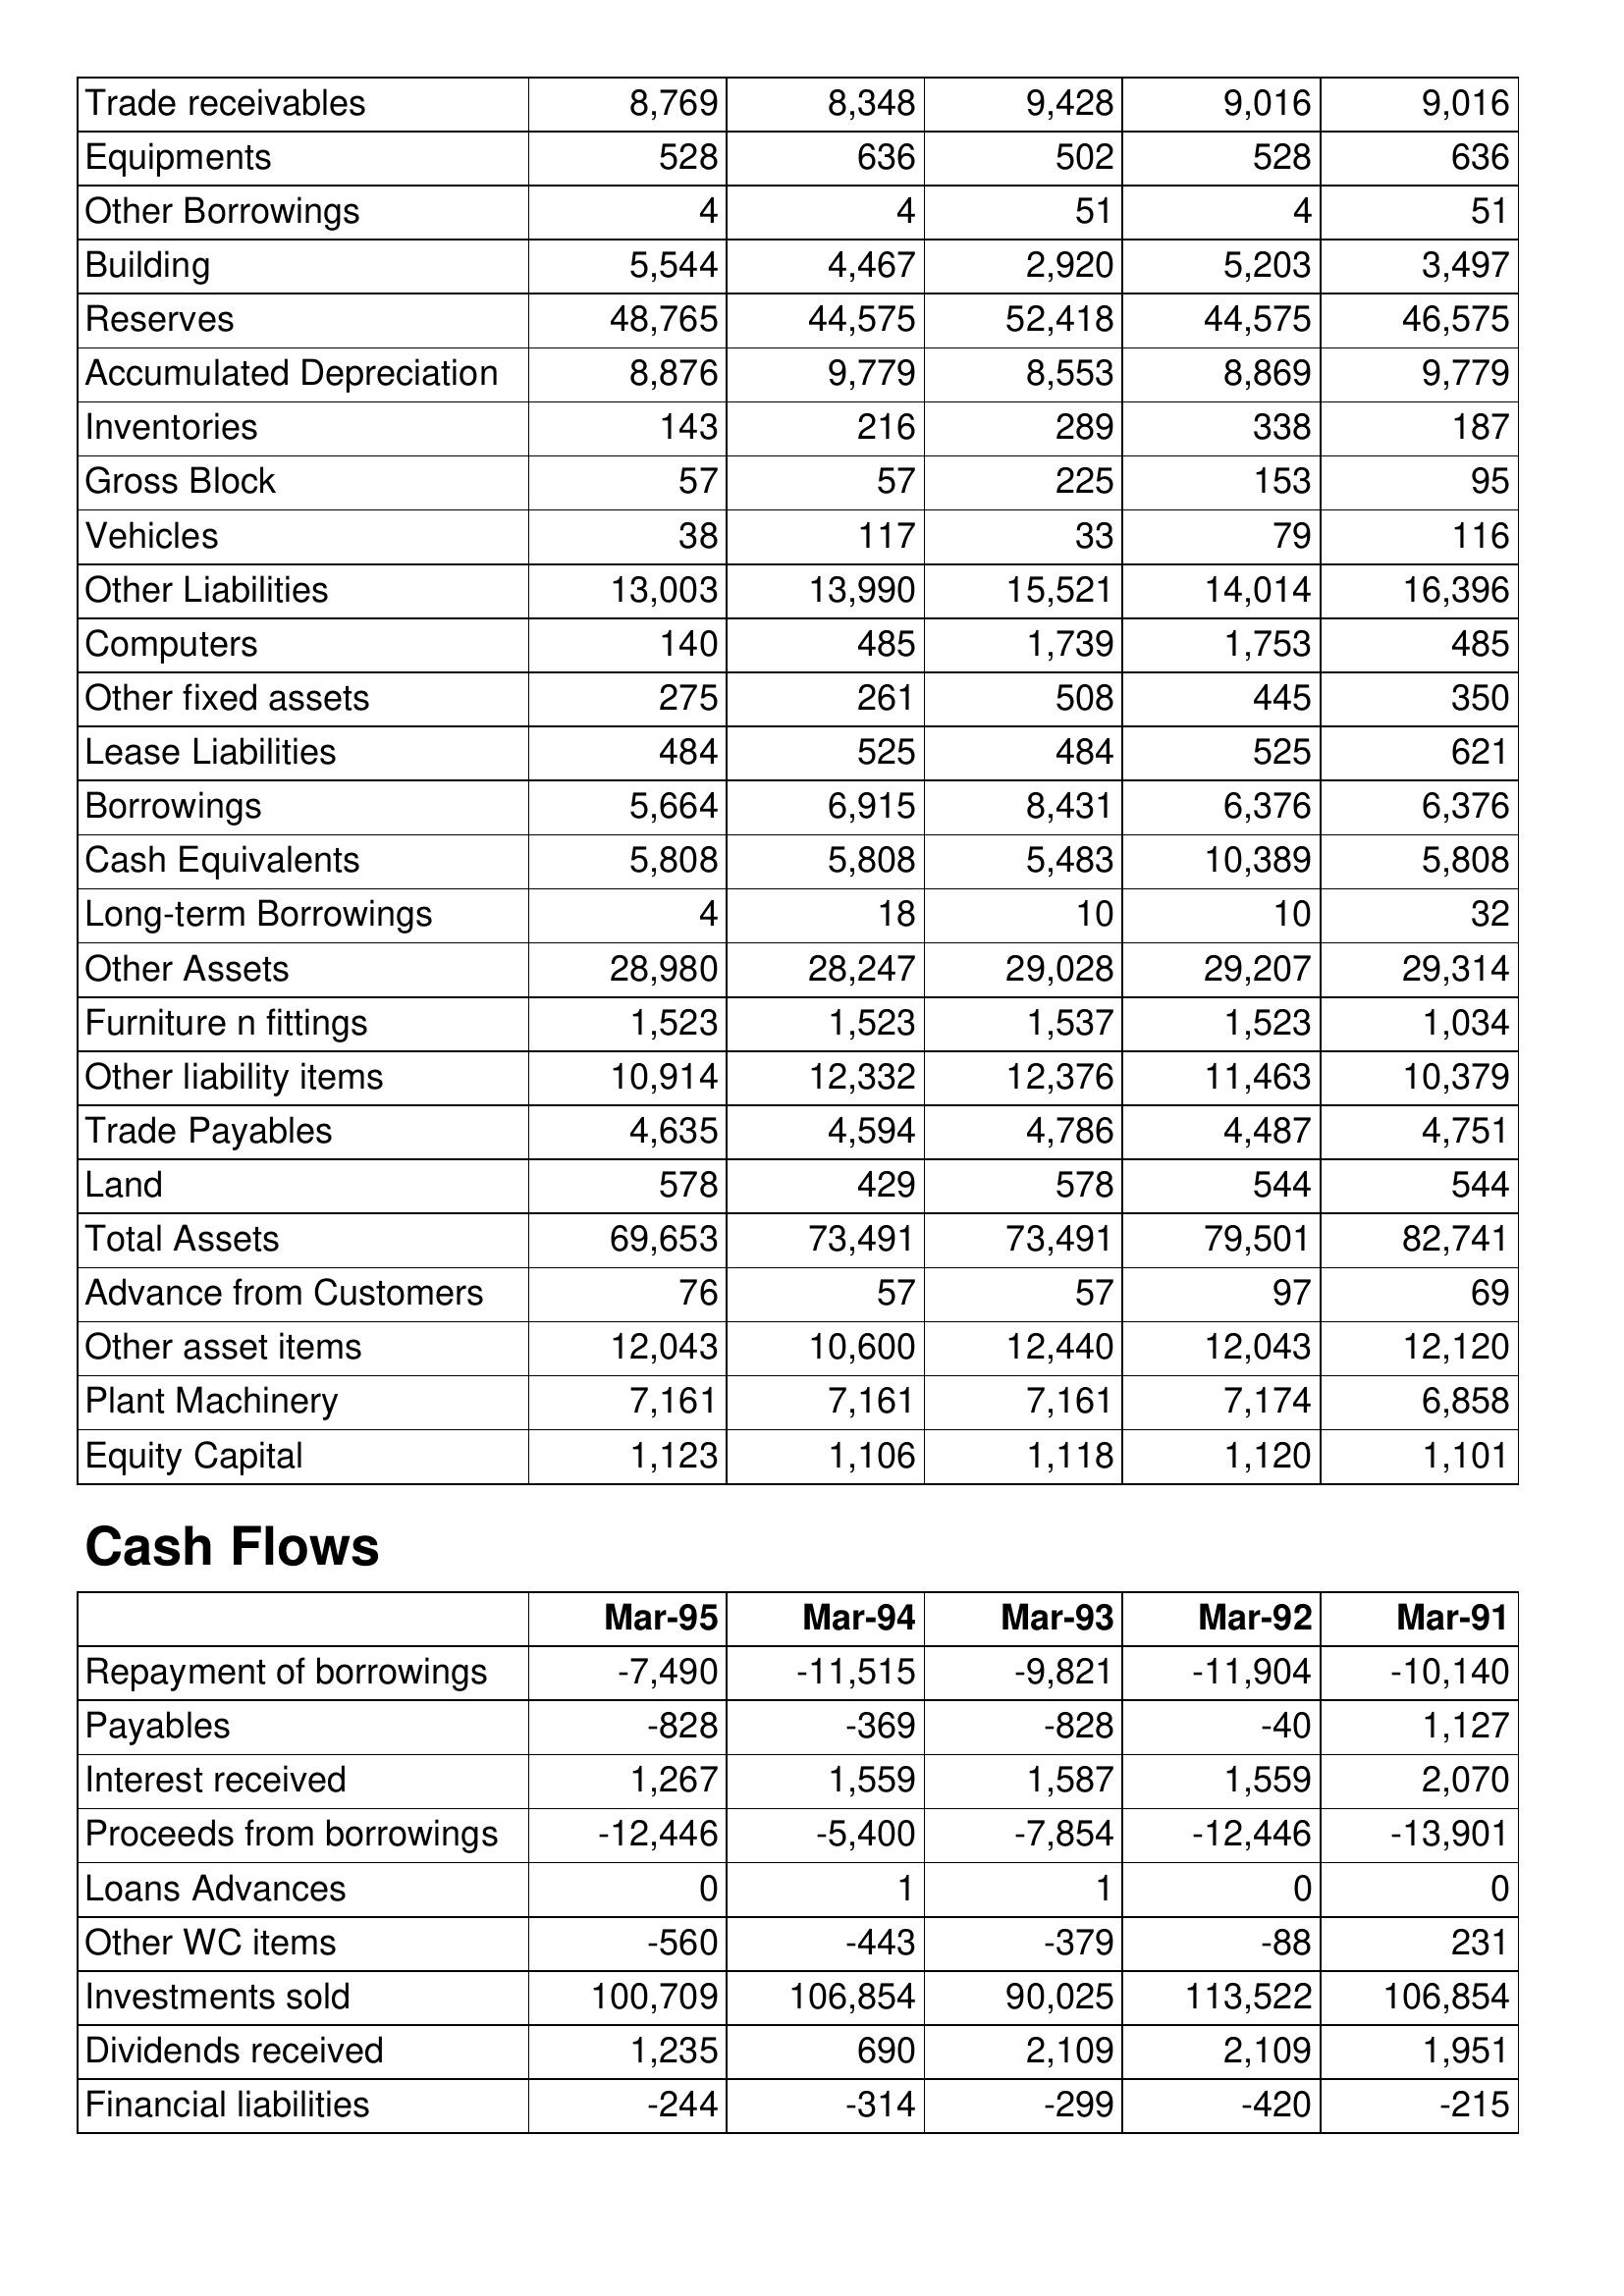
Mar-95: Balance Sheet: Trade receivables: 8,769
Equipments: 528
Other Borrowings: 4
Building: 5,544
Reserves: 48,765
Accumulated Depreciation: 8,876
Inventories: 143
Gross Block: 57
Vehicles: 38
Other Liabilities: 13,003
Computers: 140
Other fixed assets: 275
Lease Liabilities: 484
Borrowings: 5,664
Cash Equivalents: 5,808
Long-term Borrowings: 4
Other Assets: 28,980
Furniture n fittings: 1,523
Other liability items: 10,914
Trade Payables: 4,635
Land: 578
Total Assets: 69,653
Advance from Customers: 76
Other asset items: 12,043
Plant Machinery: 7,161
Equity Capital: 1,123
Cash Flows: Repayment of borrowings: -7,490
Payables: -828
Interest received: 1,267
Proceeds from borrowings: -12,446
Loans Advances: 0
Other WC items: -560
Investments sold: 100,709
Dividends received: 1,235
Financial liabilities: -244
Mar-94: Balance Sheet: Trade receivables: 8,348
Equipments: 636
Other Borrowings: 4
Building: 4,467
Reserves: 44,575
Accumulated Depreciation: 9,779
Inventories: 216
Gross Block: 57
Vehicles: 117
Other Liabilities: 13,990
Computers: 485
Other fixed assets: 261
Lease Liabilities: 525
Borrowings: 6,915
Cash Equivalents: 5,808
Long-term Borrowings: 18
Other Assets: 28,247
Furniture n fittings: 1,523
Other liability items: 12,332
Trade Payables: 4,594
Land: 429
Total Assets: 73,491
Advance from Customers: 57
Other asset items: 10,600
Plant Machinery: 7,161
Equity Capital: 1,106
Cash Flows: Repayment of borrowings: -11,515
Payables: -369
Interest received: 1,559
Proceeds from borrowings: -5,400
Loans Advances: 1
Other WC items: -443
Investments sold: 106,854
Dividends received: 690
Financial liabilities: -314
Mar-93: Balance Sheet: Trade receivables: 9,428
Equipments: 502
Other Borrowings: 51
Building: 2,920
Reserves: 52,418
Accumulated Depreciation: 8,553
Inventories: 289
Gross Block: 225
Vehicles: 33
Other Liabilities: 15,521
Computers: 1,739
Other fixed assets: 508
Lease Liabilities: 484
Borrowings: 8,431
Cash Equivalents: 5,483
Long-term Borrowings: 10
Other Assets: 29,028
Furniture n fittings: 1,537
Other liability items: 12,376
Trade Payables: 4,786
Land: 578
Total Assets: 73,491
Advance from Customers: 57
Other asset items: 12,440
Plant Machinery: 7,161
Equity Capital: 1,118
Cash Flows: Repayment of borrowings: -9,821
Payables: -828
Interest received: 1,587
Proceeds from borrowings: -7,854
Loans Advances: 1
Other WC items: -379
Investments sold: 90,025
Dividends received: 2,109
Financial liabilities: -299
Mar-92: Balance Sheet: Trade receivables: 9,016
Equipments: 528
Other Borrowings: 4
Building: 5,203
Reserves: 44,575
Accumulated Depreciation: 8,869
Inventories: 338
Gross Block: 153
Vehicles: 79
Other Liabilities: 14,014
Computers: 1,753
Other fixed assets: 445
Lease Liabilities: 525
Borrowings: 6,376
Cash Equivalents: 10,389
Long-term Borrowings: 10
Other Assets: 29,207
Furniture n fittings: 1,523
Other liability items: 11,463
Trade Payables: 4,487
Land: 544
Total Assets: 79,501
Advance from Customers: 97
Other asset items: 12,043
Plant Machinery: 7,174
Equity Capital: 1,120
Cash Flows: Repayment of borrowings: -11,904
Payables: -40
Interest received: 1,559
Proceeds from borrowings: -12,446
Loans Advances: 0
Other WC items: -88
Investments sold: 113,522
Dividends received: 2,109
Financial liabilities: -420
Mar-91: Balance Sheet: Trade receivables: 9,016
Equipments: 636
Other Borrowings: 51
Building: 3,497
Reserves: 46,575
Accumulated Depreciation: 9,779
Inventories: 187
Gross Block: 95
Vehicles: 116
Other Liabilities: 16,396
Computers: 485
Other fixed assets: 350
Lease Liabilities: 621
Borrowings: 6,376
Cash Equivalents: 5,808
Long-term Borrowings: 32
Other Assets: 29,314
Furniture n fittings: 1,034
Other liability items: 10,379
Trade Payables: 4,751
Land: 544
Total Assets: 82,741
Advance from Customers: 69
Other asset items: 12,120
Plant Machinery: 6,858
Equity Capital: 1,101
Cash Flows: Repayment of borrowings: -10,140
Payables: 1,127
Interest received: 2,070
Proceeds from borrowings: -13,901
Loans Advances: 0
Other WC items: 231
Investments sold: 106,854
Dividends received: 1,951
Financial liabilities: -215